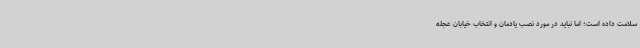
سلامت داده است؛ اما نباید در مورد نصب یادمان و انتخاب خیابان عجله